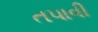
તપાવી